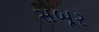
સબૂર